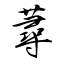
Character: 蕁